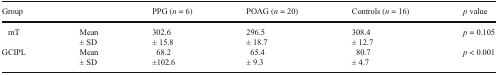
<table><thead><tr><td colspan="2"><b>Group</b></td><td><b>PPG (<i>n</i> = 6)</b></td><td><b>POAG (<i>n</i> = 20)</b></td><td><b>Controls (<i>n</i> = 16)</b></td><td><b><i>p</i> value</b></td></tr></thead><tbody><tr><td>mT</td><td>Mean± SD</td><td>302.6± 15.8</td><td>296.5± 18.7</td><td>308.4± 12.7</td><td><i>p</i> = 0.105</td></tr><tr><td>GCIPL</td><td>Mean± SD</td><td>68.2±102.6</td><td>65.4± 9.3</td><td>80.7± 4.7</td><td><i>p</i> &lt; 0.001</td></tr></tbody></table>